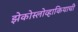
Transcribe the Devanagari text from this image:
झेकोस्लोव्हाकियाची